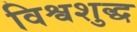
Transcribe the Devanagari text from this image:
विश्वशुद्ध